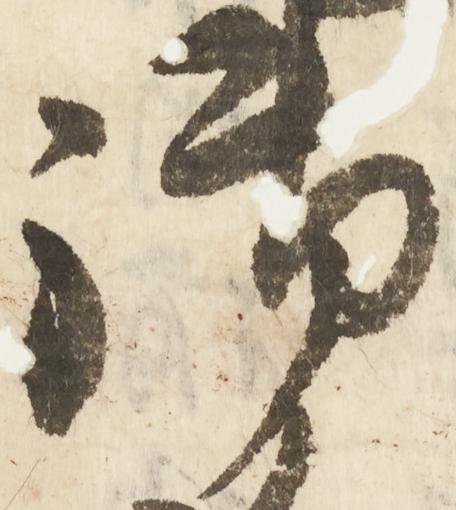
御